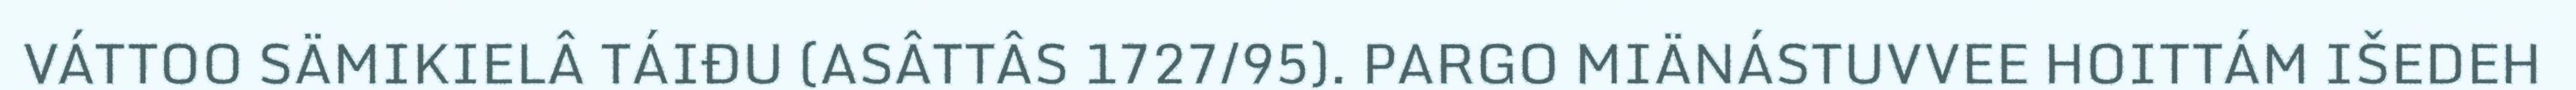
VÁTTOO SÄMIKIELÂ TÁIĐU (ASÂTTÂS 1727/95). PARGO MIÄNÁSTUVVEE HOITTÁM IŠEDEH